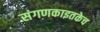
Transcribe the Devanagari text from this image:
संगणकाइतकेच